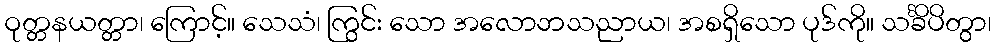
ဝုတ္တနယတ္တာ၊ ကြောင့်။ သေသံ၊ ကြွင်း သော အလောဘသညာယ၊ အစရှိသော ပုဒ်ကို။ သင်္ခိပိတွာ၊